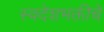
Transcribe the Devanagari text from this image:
स्वदेशभक्तीचे